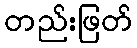
တည်းဖြတ်